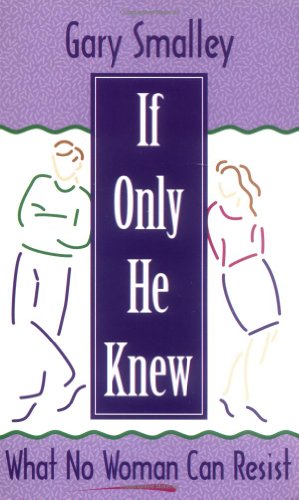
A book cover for If Only He Knew: What No Woman Can Resist; Gary Smalley; Christian Books & Bibles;